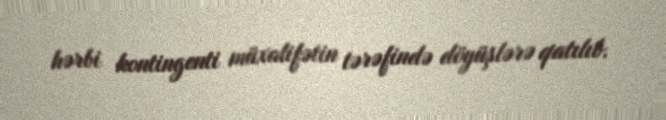
hərbi kontingenti müxalifətin tərəfində döyüşlərə qatılıb.